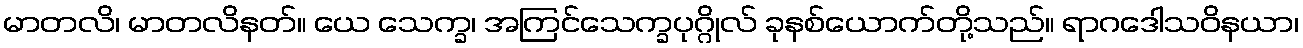
မာတလိ၊ မာတလိနတ်။ ယေ သေက္ခ၊ အကြင်သေက္ခပုဂ္ဂိုလ် ခုနစ်ယောက်တို့သည်။ ရာဂဒေါသဝိနယာ၊